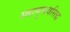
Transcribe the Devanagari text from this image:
स्वानुभवसिद्ध